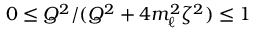
0 \leq Q ^ { 2 } / ( Q ^ { 2 } + 4 m _ { \ell } ^ { 2 } \zeta ^ { 2 } ) \leq 1